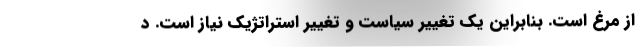
از مرغ است. بنابراین یک تغییر سیاست و تغییر استراتژیک نیاز است. د